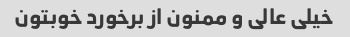
خیلی عالی و ممنون از برخورد خوبتون